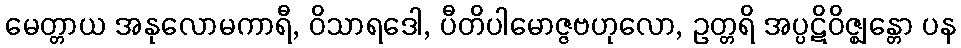
မေတ္တာယ အနုလောမကာရီ, ဝိသာရဒေါ, ပီတိပါမောဇ္ဇဗဟုလော, ဥတ္တရိ အပ္ပဋိဝိဇ္ဈန္တော ပန